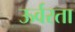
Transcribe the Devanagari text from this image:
ऊर्वरता